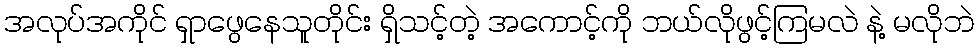
အလုပ်အကိုင် ရှာဖွေနေသူတိုင်း ရှိသင့်တဲ့ အကောင့်ကို ဘယ်လိုဖွင့်ကြမလဲ နဲ့ မလိုဘဲ